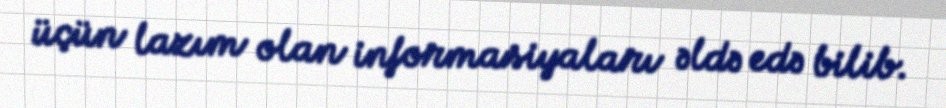
üçün lazım olan informasiyaları əldə edə bilib.